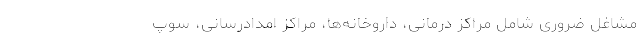
مشاغل ضروری شامل مراکز درمانی، داروخانه‌ها، مراکز امدادرسانی، سوپ